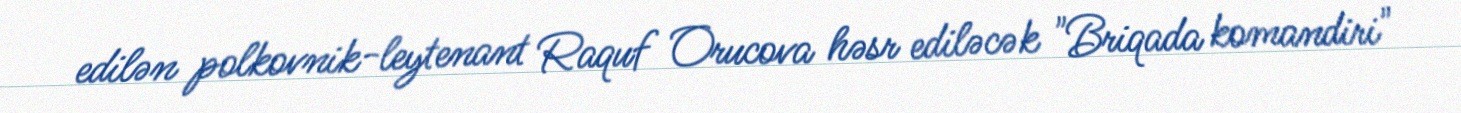
edilən polkovnik-leytenant Raquf Orucova həsr ediləcək "Briqada komandiri"